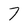
Character: 7